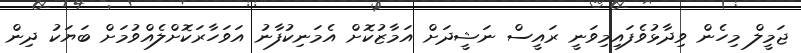
ޖަމީލް މިހެން ވިދާޅުވެފައިމިވަނީ ރައީސް ނަޝީދަށް އަމާޒުކޮށް އެމަނިކުފާނު އަވަހާރަކޮށްލެއްވުމަށް ބަޔަކު ދިން